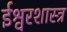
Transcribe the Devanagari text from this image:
ईश्वरशास्त्र